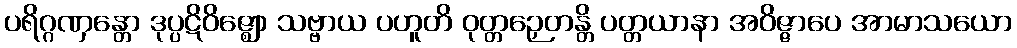
ပရိဂ္ဂဏှန္တော ဒုပ္ပဋိဝိဇ္ဈော သဗ္ဗာယ ပဟူတိ ဝုတ္တဉှေတန္တိ ပတ္တယာနာ အဝိဇ္ဇာပေ အာမာသယော